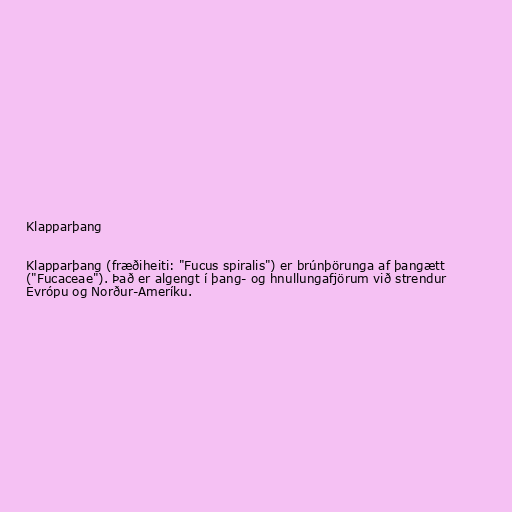
Klapparþang

Klapparþang (fræðiheiti: "Fucus spiralis") er brúnþörunga af þangætt
("Fucaceae"). Það er algengt í þang- og hnullungafjörum við strendur
Evrópu og Norður-Ameríku.